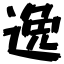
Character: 逸